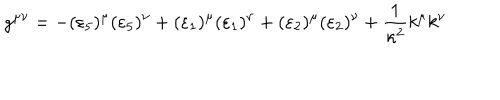
LaTeX: g ^ { \mu \nu } = - ( \varepsilon _ { 5 } ) ^ { \mu } ( \varepsilon _ { 5 } ) ^ { \nu } + ( \varepsilon _ { 1 } ) ^ { \mu } ( \varepsilon _ { 1 } ) ^ { \nu } + ( \varepsilon _ { 2 } ) ^ { \mu } ( \varepsilon _ { 2 } ) ^ { \nu } + \frac { 1 } { \kappa ^ { 2 } } k ^ { \mu } k ^ { \nu }